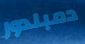
دمبلدور